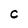
Character: C